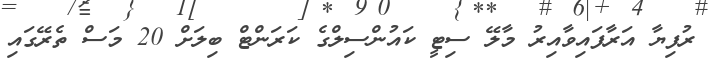
ރުފިޔާ އަރާފައިވާއިރު މާލޭ ސިޓީ ކައުންސިލްގެ ކަރަންޓް ބިލަށް 20 މަސް ތެރޭގައި